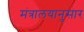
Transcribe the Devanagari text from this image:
मंत्रालयानुसार